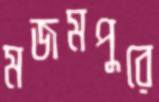
মজমপুরে